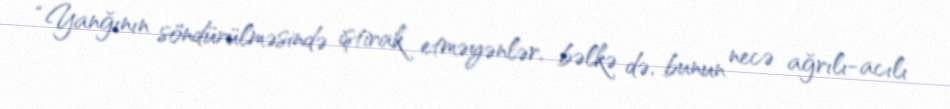
“Yanğının söndürülməsində iştirak etməyənlər, bəlkə də, bunun necə ağrılı-acılı